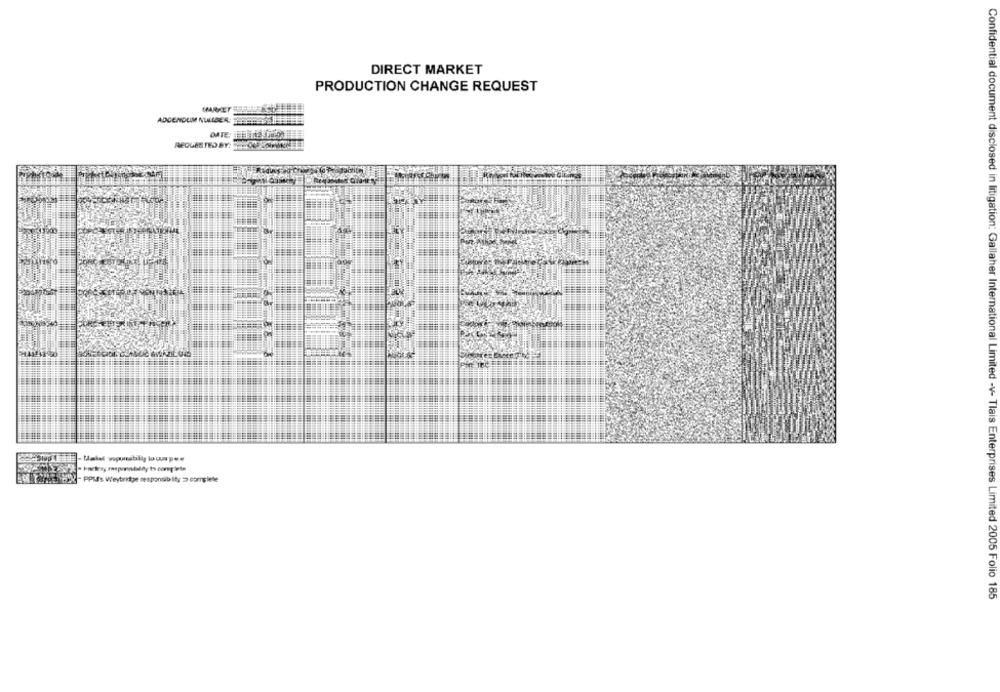
DIRECT MARKET
PRODUCTION CHANGE REQUEST
ADDENDUM NULIBER
DATE:
REQUESTED BY2
- PPM's Weybridge responsibility = complete
Confidential document disclosed in litigation: Gallaher International Limited -v- Tlais Enterprises Limited 2005 Folio 185